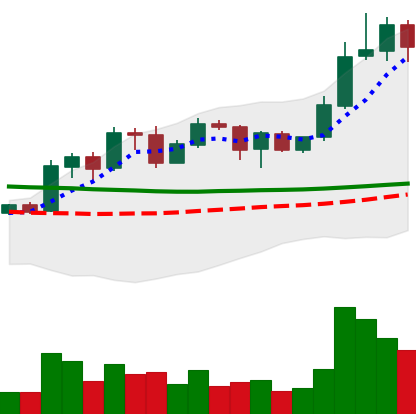
Ticker: ADA-USD
Chart end date: 2020-01-31
Forward return: 10.109%
Label: up_7plus